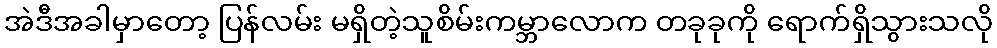
အဲဒီအခါမှာတော့ ပြန်လမ်း မရှိတဲ့သူစိမ်းကမ္ဘာလောက တခုခုကို ရောက်ရှိသွားသလို